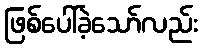
ဖြစ်ပေါ်ခဲ့သော်လည်း